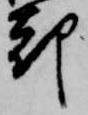
却